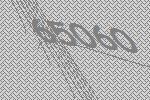
65060